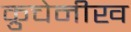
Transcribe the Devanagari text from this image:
क्रुचेनीख